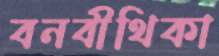
বনবীথিকা